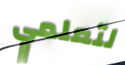
لتعلمي